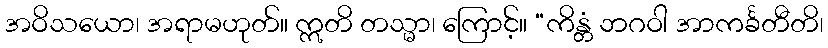
အဝိသယော၊ အရာမဟုတ်။ ဣတိ တသ္မာ၊ ကြောင့်။ “ကိန္တံ ဘဂဝါ အာကင်္ခတီတိ၊